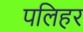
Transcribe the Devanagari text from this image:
पलिहर